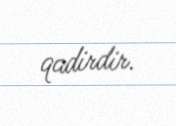
qadirdir.